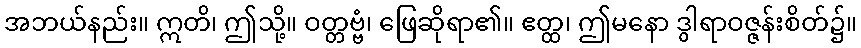
အဘယ်နည်း။ ဣတိ၊ ဤသို့။ ဝတ္တဗ္ဗံ၊ ဖြေဆိုရာ၏။ ဧတ္ထ၊ ဤမနော ဒွါရာဝဇ္ဇန်းစိတ်၌။